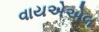
વાયએએલ